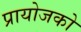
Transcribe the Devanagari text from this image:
प्रायोजको